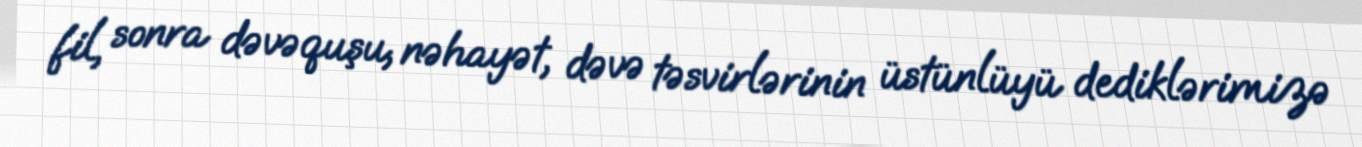
fil, sonra dəvəquşu, nəhayət, dəvə təsvirlərinin üstünlüyü dediklərimizə